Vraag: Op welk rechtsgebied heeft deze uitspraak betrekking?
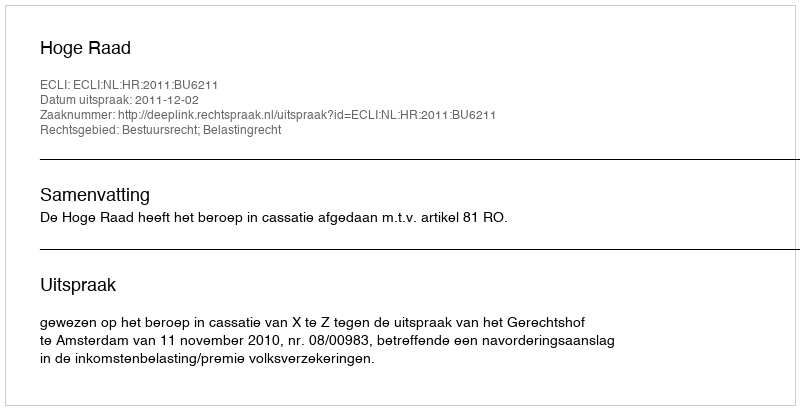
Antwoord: Bestuursrecht; Belastingrecht